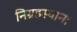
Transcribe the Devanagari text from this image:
निग्रहस्थान।